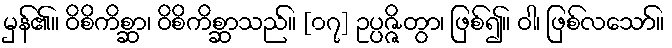
မှန်၏။ ဝိစိကိစ္ဆာ၊ ဝိစိကိစ္ဆာသည်။ [၀၇] ဥပ္ပဇ္ဇိတွာ၊ ဖြစ်၍။ ဝါ၊ ဖြစ်လသော်။